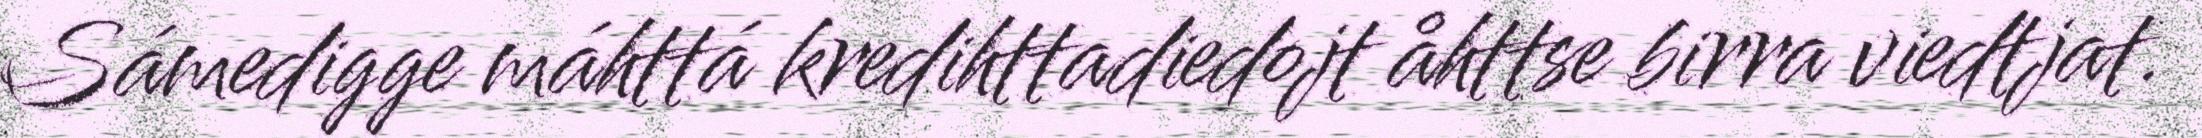
Sámedigge máhttá kredihttadiedojt åhttse birra viedtjat.